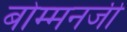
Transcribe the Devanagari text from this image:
बोम्मनजी